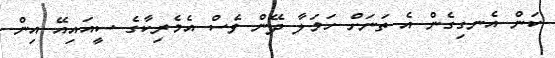
ކަން އެނގިގެން އެ ތަނަށް ހަމަލާ ދޭން ވެސް އެމެރިކާގެ ސީއައިއޭ އިން